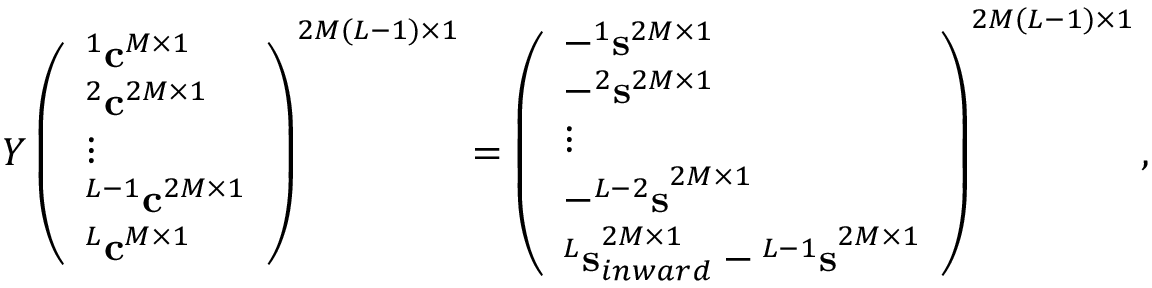
\begin{array} { r } { { \cal Y } \left( \begin{array} { l } { ^ 1 { \bf c } ^ { M \times 1 } } \\ { ^ 2 { \bf c } ^ { 2 M \times 1 } } \\ { \vdots } \\ { ^ { L - 1 } { \bf c } ^ { 2 M \times 1 } } \\ { ^ { L } { \bf c } ^ { M \times 1 } } \end{array} \right) ^ { 2 M ( L - 1 ) \times 1 } = \left( \begin{array} { l } { - ^ { 1 } { \bf s } ^ { 2 M \times 1 } } \\ { - ^ { 2 } { \bf s } ^ { 2 M \times 1 } } \\ { \vdots } \\ { - { ^ { L - 2 } { \bf s } } ^ { 2 M \times 1 } } \\ { { ^ L { \bf s } } _ { i n w a r d } ^ { 2 M \times 1 } - { ^ { L - 1 } { \bf s } } ^ { 2 M \times 1 } } \end{array} \right) ^ { 2 M ( L - 1 ) \times 1 } , } \end{array}